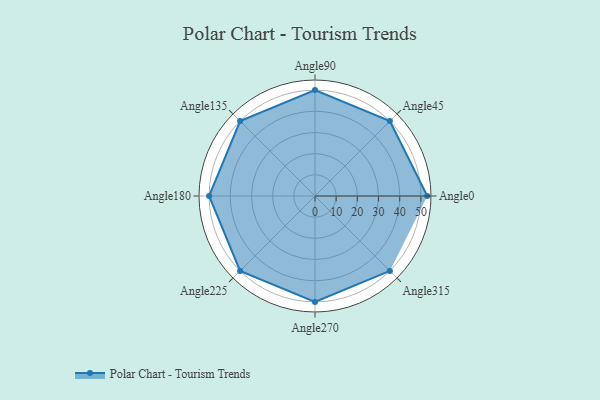
{"axis": {"x": "Angle", "y": "Radius"}, "legend": [""], "data": [{"x": "Angle0", "y": 53.0, "type": ""}, {"x": "Angle45", "y": 50, "type": ""}, {"x": "Angle90", "y": 50, "type": ""}, {"x": "Angle135", "y": 50, "type": ""}, {"x": "Angle180", "y": 50, "type": ""}, {"x": "Angle225", "y": 50, "type": ""}, {"x": "Angle270", "y": 50, "type": ""}, {"x": "Angle315", "y": 50, "type": ""}]}